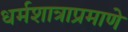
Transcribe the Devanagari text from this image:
धर्मशात्राप्रमाणे